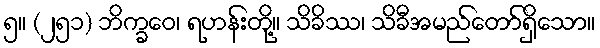
၅။ (၂၅၁) ဘိက္ခဝေ၊ ရဟန်းတို့။ သိခိဿ၊ သိခီအမည်တော်ရှိသော။